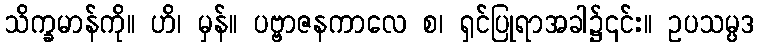
သိက္ခမာန်ကို။ ဟိ၊ မှန်။ ပဗ္ဗာဇနကာလေ စ၊ ရှင်ပြုရာအခါ၌၎င်း။ ဥပသမ္ပဒ